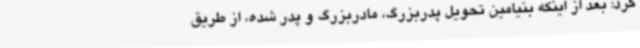
کرد: بعد از اینکه بنیامین تحویل پدربزرگ، مادربزرگ و پدر شده، از طریق